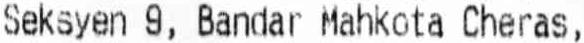
SEKSYEN 9, BANDAR MAHKOTA CHERAS,